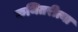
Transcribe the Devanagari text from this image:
कथितरीत्या